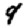
Digit: 4